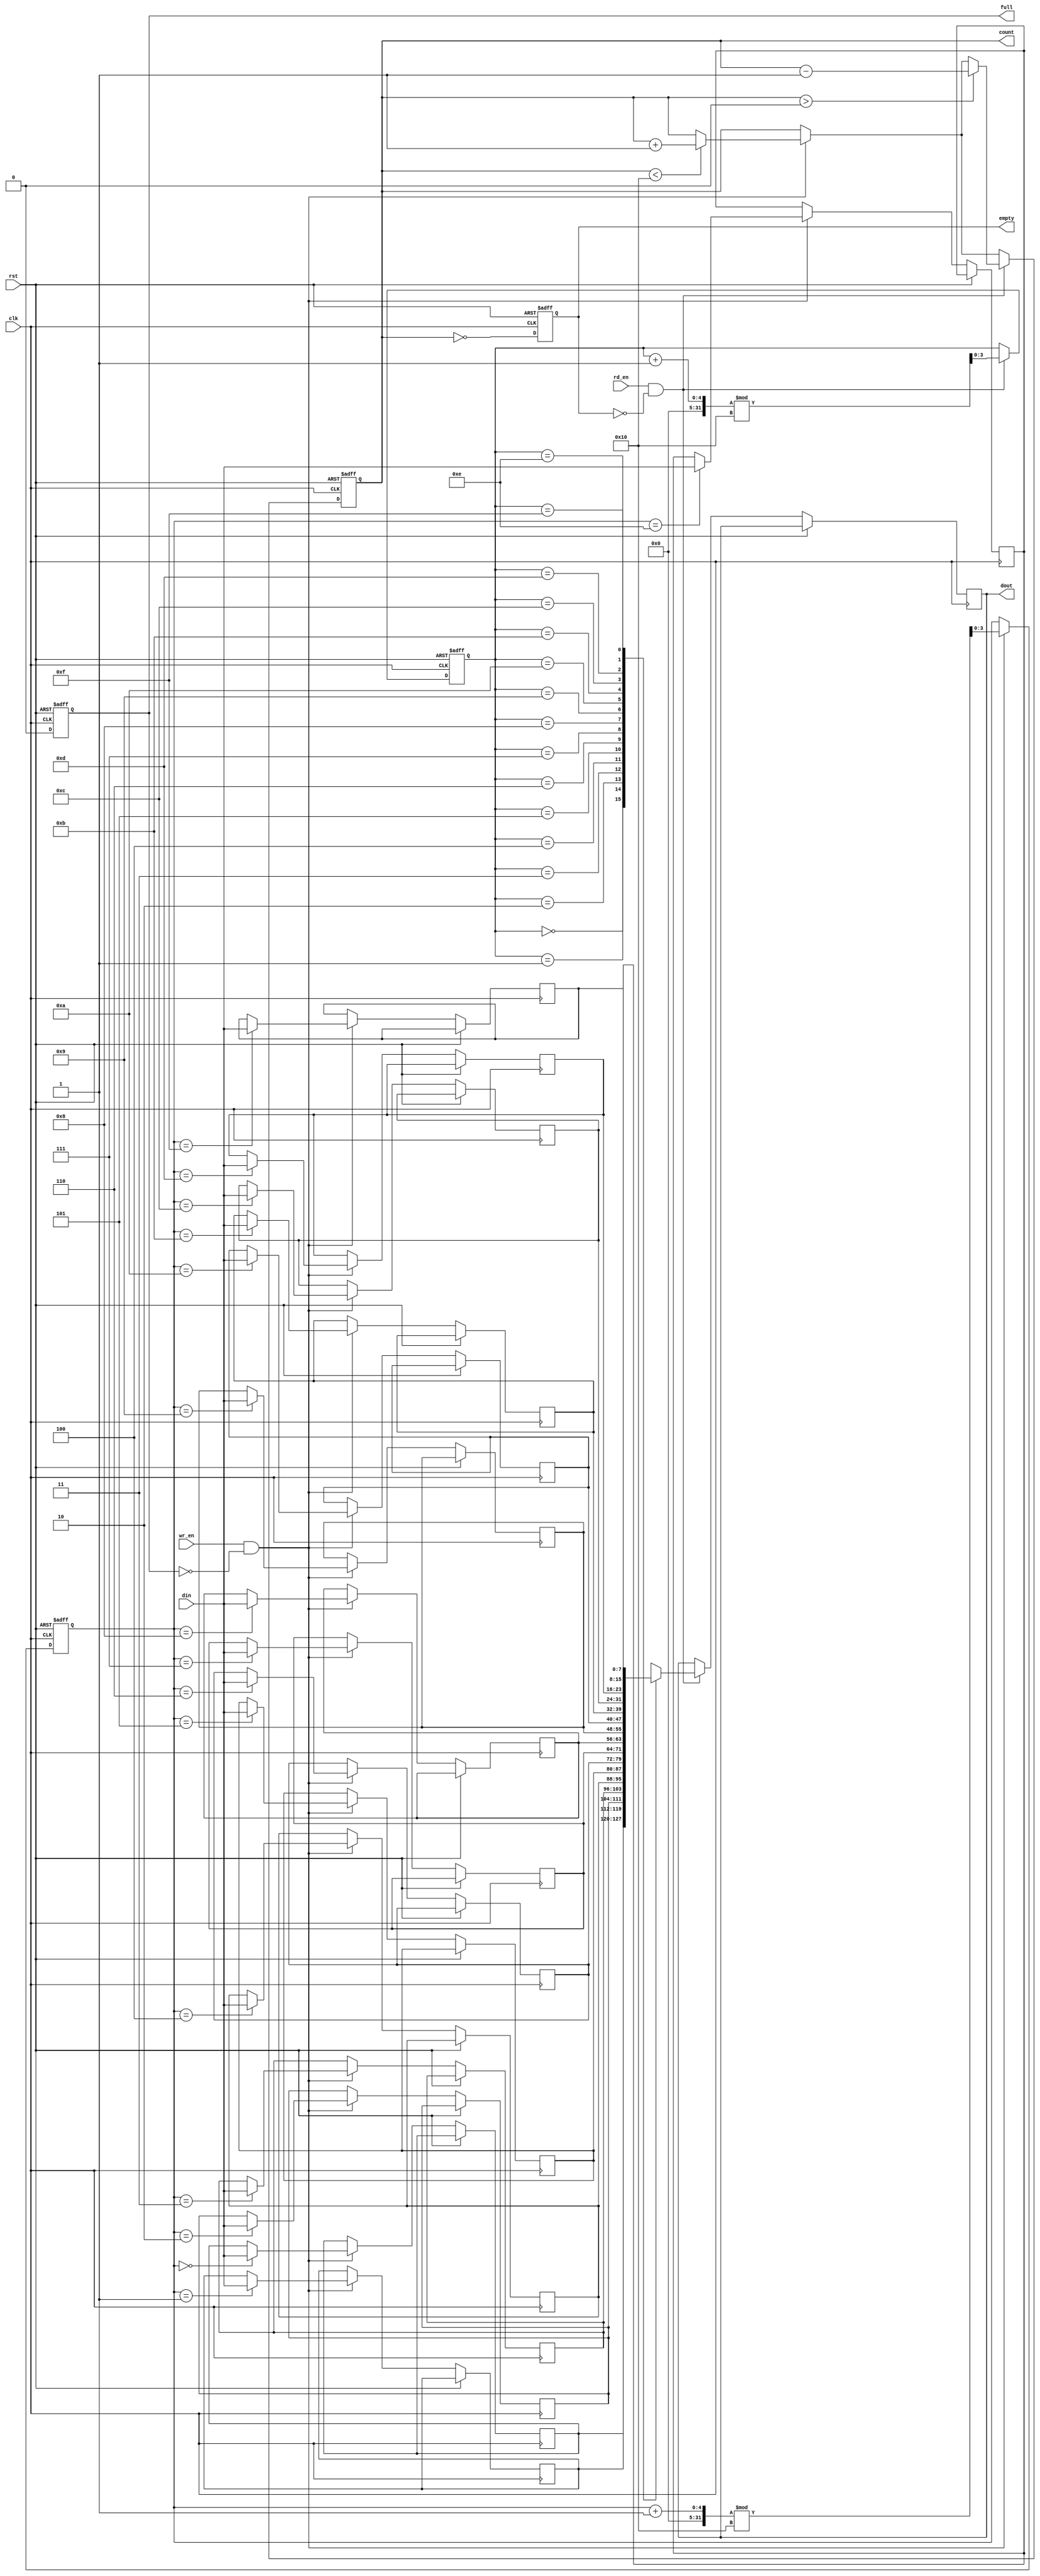
module parameterized_fifo #(
    parameter DATA_WIDTH = 8,  // Width of data entries
    parameter FIFO_DEPTH = 16   // Depth of FIFO (number of entries)
)(
    input wire clk,              // Clock signal
    input wire rst,              // Asynchronous reset signal
    input wire wr_en,            // Write enable signal
    input wire rd_en,            // Read enable signal
    input wire [DATA_WIDTH-1:0] din, // Data input
    output reg [DATA_WIDTH-1:0] dout, // Data output
    output reg full,             // Full status output
    output reg empty,            // Empty status output
    output reg [clog2(FIFO_DEPTH)-1:0] count // Current count of entries
);

    // Memory array
    reg [DATA_WIDTH-1:0] fifo_mem [0:FIFO_DEPTH-1];

    // Pointers and count
    reg [clog2(FIFO_DEPTH)-1:0] wr_ptr = 0;
    reg [clog2(FIFO_DEPTH)-1:0] rd_ptr = 0;

    // Count logic
    always @(posedge clk or posedge rst) begin
        if (rst) begin
            // Reset all signals
            wr_ptr <= 0;
            rd_ptr <= 0;
            count <= 0;
            full <= 0;
            empty <= 1;
        end else begin
            // Full condition
            full <= (count == FIFO_DEPTH);
            // Empty condition
            empty <= (count == 0);

            // Write operation
            if (wr_en && !full) begin
                fifo_mem[wr_ptr] <= din;  // Store data in FIFO
                wr_ptr <= (wr_ptr + 1) % FIFO_DEPTH; // Wrap around
                if (count < FIFO_DEPTH) count <= count + 1; // Increment count
            end

            // Read operation
            if (rd_en && !empty) begin
                dout <= fifo_mem[rd_ptr]; // Read data from FIFO
                rd_ptr <= (rd_ptr + 1) % FIFO_DEPTH; // Wrap around
                if (count > 0) count <= count - 1; // Decrement count
            end
        end
    end

    // Function to calculate log base 2
    function integer clog2;
        input integer value;
        begin
            clog2 = 0;
            while (2**clog2 < value) begin
                clog2 = clog2 + 1;
            end
        end
    endfunction

endmodule